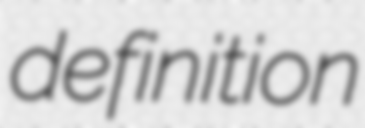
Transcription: definition